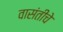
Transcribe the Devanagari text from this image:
वासंतीचे